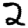
Digit: 2